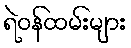
ရဲဝန်ထမ်းများ